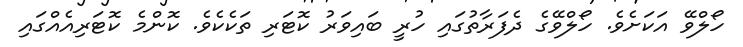
ހޯލްވޭ އަކަށެވެ. ހޯލްވޭގެ ދެފަރާތުގައި ހުރީ ބައިވަރު ކޮޓަރި ތަކެކެވެ. ކޮންމެ ކޮޓަރިއެއްގައި